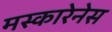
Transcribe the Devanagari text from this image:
मस्कारेनेस